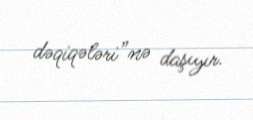
dəqiqələri”nə daşıyır.